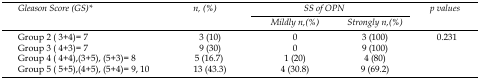
<table><thead><tr><td rowspan="3"><b><i>Gleason Score (GS)*</i></b></td><td rowspan="3"><b><i>n, (%)</i></b></td><td colspan="2"><b><i>SS of OPN</i></b></td><td rowspan="3"><b><i>p values</i></b></td></tr><tr><td><b><i>Mildly n,(%)</i></b></td><td><b><i>Strongly n,(%)</i></b></td></tr></thead><tbody><tr><td>Group 2 (3+4)= 7</td><td>3 (10)</td><td>0</td><td>3 (100)</td><td>0.231</td></tr><tr><td>Group 3 (4+3)= 7</td><td>9 (30)</td><td>0</td><td>9 (100)</td><td></td></tr><tr><td>Group 4 (4+4),(3+5), (5+3)= 8</td><td>5 (16.7)</td><td>1 (20)</td><td>4 (80)</td><td></td></tr><tr><td>Group 5 (5+5),(4+5), (5+4)= 9, 10</td><td>13 (43.3)</td><td>4 (30.8)</td><td>9 (69.2)</td><td></td></tr></tbody></table>